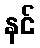
နင်